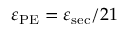
\varepsilon _ { \mathrm { P E } } = \varepsilon _ { \mathrm { s e c } } / 2 1